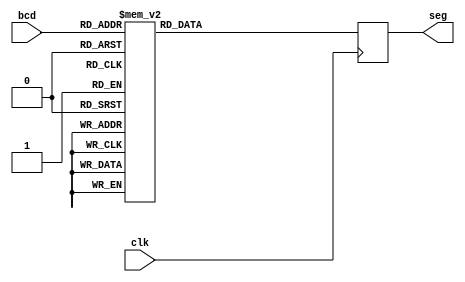
`timescale 1ns / 1ps
//////////////////////////////////////////////////////////////////////////////////
// Company: 
// Engineer: 
// 
// Design Name: 
// Module Name:    segment7 
// Project Name: 
// Target Devices: 
// Tool versions: 
// Description: 
//
// Dependencies: 
//
// Revision: 
// Revision 0.01 - File Created
// Additional Comments: 
//
//////////////////////////////////////////////////////////////////////////////////
module Segment7(
	input [3:0] bcd,
	input clk,
	output reg [6:0] seg
	);

	always@(posedge clk)
		begin
			case(bcd)
				4'd0: seg<=7'b0111111;
				4'd1: seg<=7'b0000110;
				4'd2: seg<=7'b1011011;
				4'd3: seg<=7'b1001111;
				4'd4: seg<=7'b1100110;
				4'd5: seg<=7'b1101101;
				4'd6: seg<=7'b1111101;
				4'd7: seg<=7'b0000111;
				4'd8: seg<=7'b1111111;
				4'd9: seg<=7'b1101111;
				4'd10: seg<=7'b1110111;
				4'd11: seg<=7'b1111100;
				4'd12: seg<=7'b0111001;
				4'd13: seg<=7'b1011110;
				4'd14: seg<=7'b1111001;
				4'd15: seg<=7'b1110001;
			endcase
		end
	endmodule